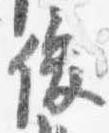
俊